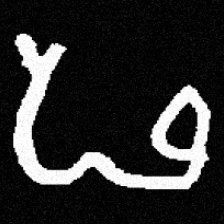
Pyu character \u2014 Myanmar letter: ဖ (romanized: pha)